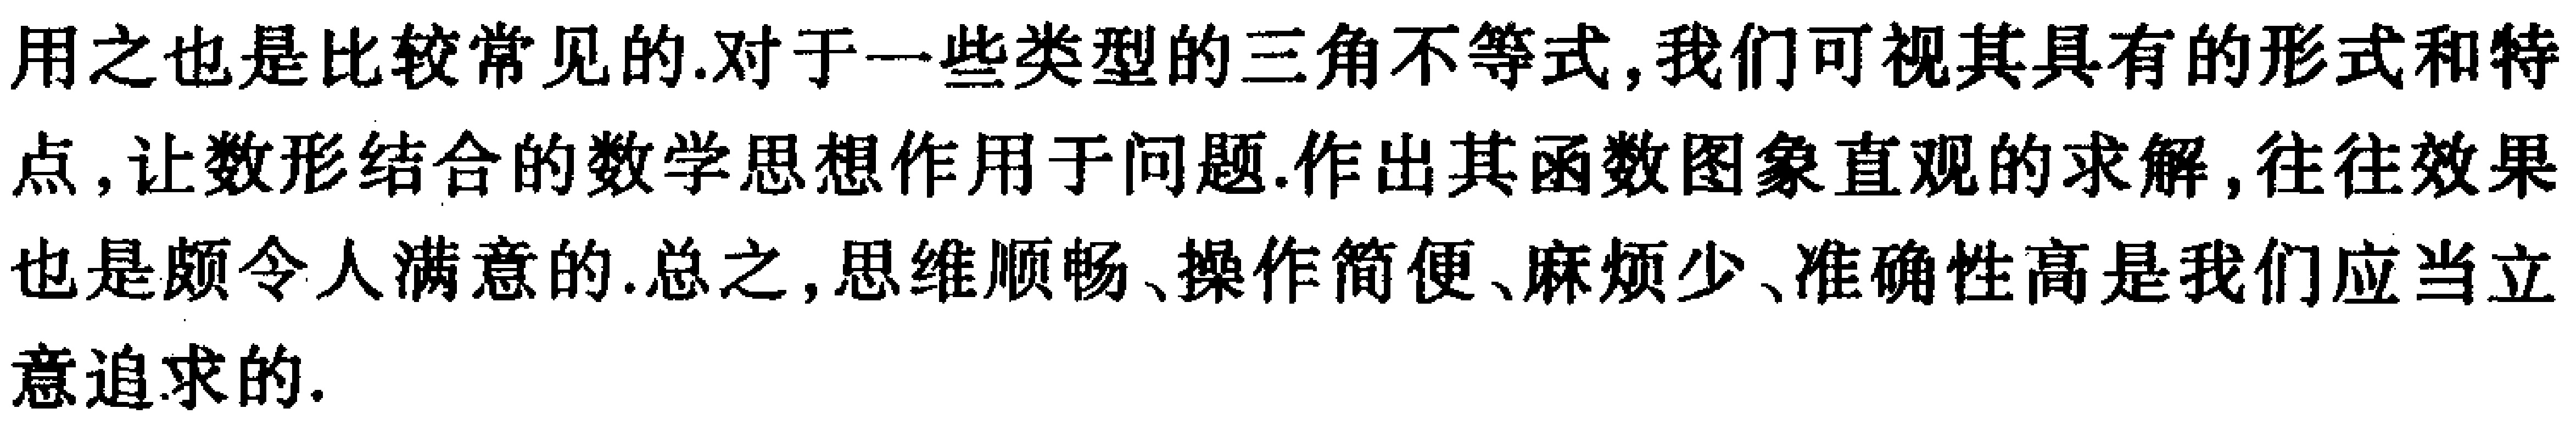
用之也是比较常见的.对于一些类型的三角不等式, 我们可视其具有的形式和特点, 让数形结合的数学思想作用于问题.作出其函数图象直观的求解, 往往效果也是颇令人满意的.总之, 思维顺畅、操作简便、麻烦少、准确性高是我们应当立意追求的.